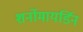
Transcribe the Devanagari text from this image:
शर्नोमायर्डिन